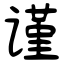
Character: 谨